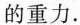
的重力。